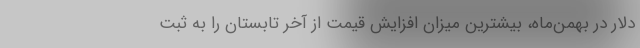
دلار در بهمن‌ماه، بیشترین میزان افزایش قیمت از آخر تابستان را به ثبت